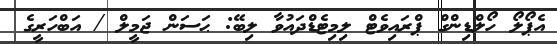
އެޕޯލޯ ހޯލްޑިންގް ޕްރައިވެޓް ލިމިޓެޑްދައުވާ ލިބޭ: ޙަސަން ޖަމީލް / އަބްހަރީގެ